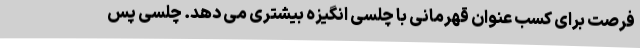
فرصت برای کسب عنوان قهرمانی با چلسی انگیزه بیشتری می دهد. چلسی پس